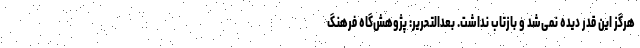
هرگز این قدر دیده نمی‌شد و بازتاب نداشت. بعدالتحریر: پژوهش‌گاه فرهنگ